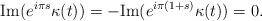
LaTeX: \begin{align*}{\rm Im}( e^{i\pi s} \kappa(t))=-{\rm Im}( e^{i\pi (1+s)} \kappa(t))=0.\end{align*}